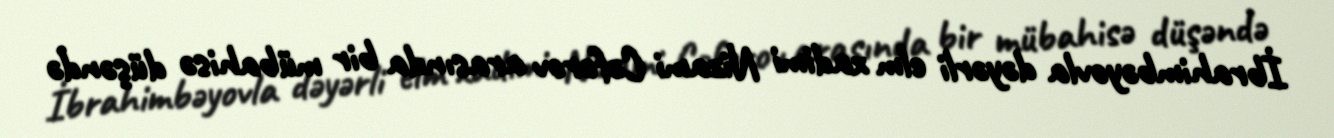
İbrahimbəyovla dəyərli elm xadimi Nizami Cəfərov arasında bir mübahisə düşəndə